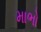
માભો